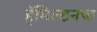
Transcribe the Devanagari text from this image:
हॅमिल्टनचा